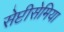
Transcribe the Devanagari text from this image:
सेप्टीसेमिया